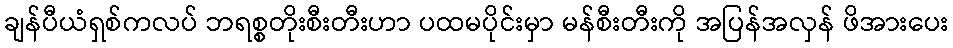
ချန်ပီယံရှစ်ကလပ် ဘရစ္စတိုးစီးတီးဟာ ပထမပိုင်းမှာ မန်စီးတီးကို အပြန်အလှန် ဖိအားပေး